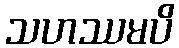
သဟဿမပိ